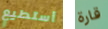
أستطيع قارة